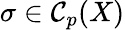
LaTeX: \sigma\in\mathcal{C}_{p}(X)